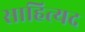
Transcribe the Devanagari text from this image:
साहित्यद